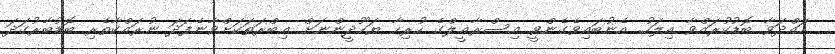
ހައްދަވާ ބޮޑުކުރައްވާ އިލަހު. އެނުބައިވެގެންވީ އިސްރާޢީލްގެ ހުރިހާ ޔަހޫދީންނަށް ޢިބްރަތަކަށްވާނެފަދަ ނުރައްކާތެރި ބޮޑުބާރުގަދަ